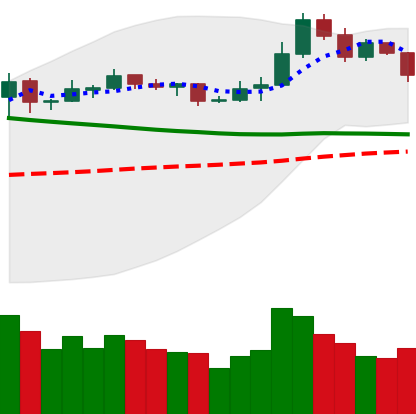
Ticker: NEO-USD
Chart end date: 2019-11-18
Forward return: -11.727%
Label: down_7plus